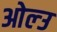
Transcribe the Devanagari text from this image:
ओल्‍उ